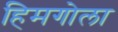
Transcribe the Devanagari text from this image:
हिमगोला